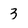
Character: 3